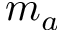
m _ { a }